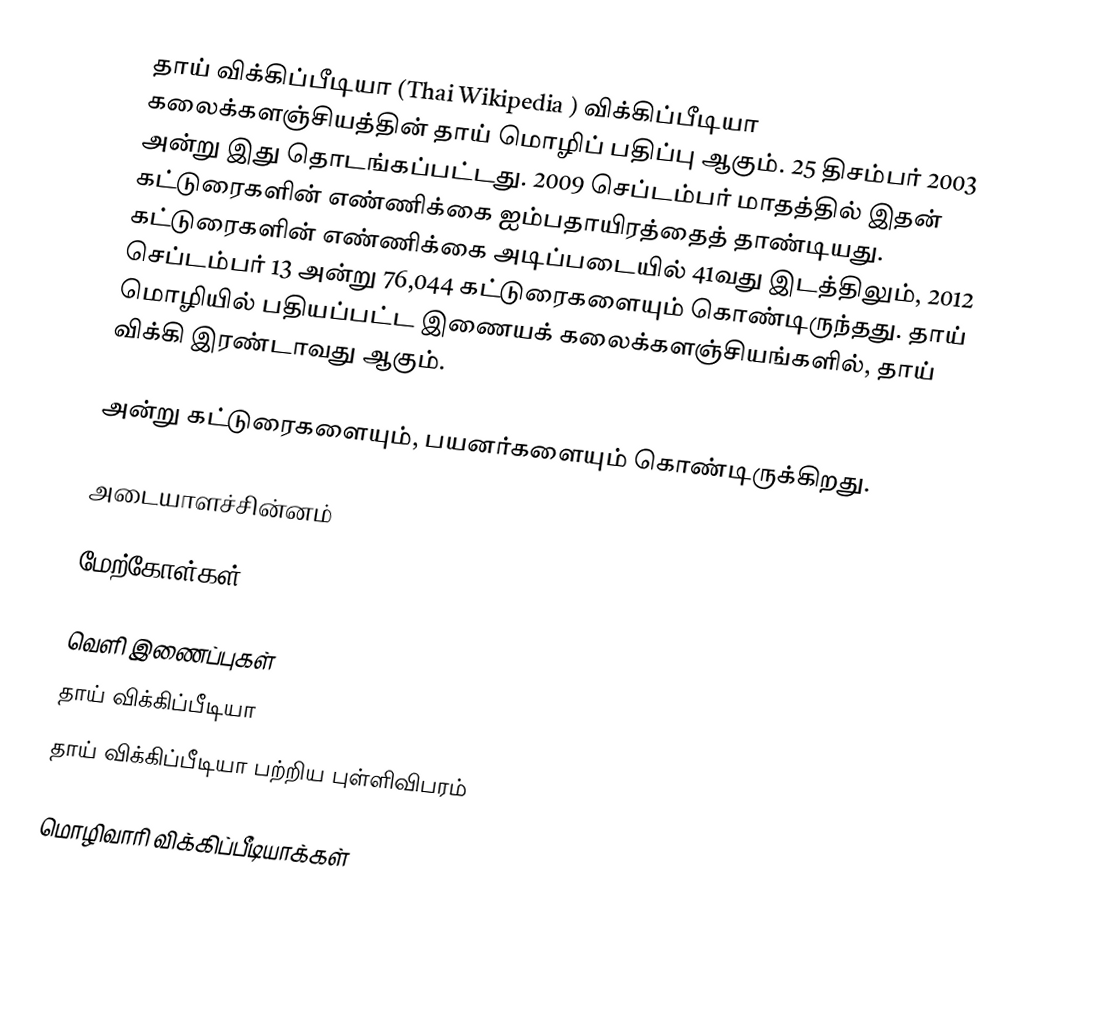
தாய் விக்கிப்பீடியா (Thai Wikipedia ) விக்கிப்பீடியா கலைக்களஞ்சியத்தின் தாய் மொழிப் பதிப்பு ஆகும். 25 திசம்பர் 2003 அன்று இது தொடங்கப்பட்டது. 2009 செப்டம்பர் மாதத்தில் இதன் கட்டுரைகளின் எண்ணிக்கை ஐம்பதாயிரத்தைத் தாண்டியது. கட்டுரைகளின் எண்ணிக்கை அடிப்படையில் 41வது இடத்திலும், 2012 செப்டம்பர் 13 அன்று 76,044 கட்டுரைகளையும் கொண்டிருந்தது. தாய் மொழியில் பதியப்பட்ட இணையக் கலைக்களஞ்சியங்களில், தாய் விக்கி இரண்டாவது ஆகும்.

   அன்று  கட்டுரைகளையும்,  பயனர்களையும் கொண்டிருக்கிறது.

அடையாளச்சின்னம்

மேற்கோள்கள்

வெளி இணைப்புகள்
 தாய் விக்கிப்பீடியா
 தாய் விக்கிப்பீடியா பற்றிய புள்ளிவிபரம்

மொழிவாரி விக்கிப்பீடியாக்கள்